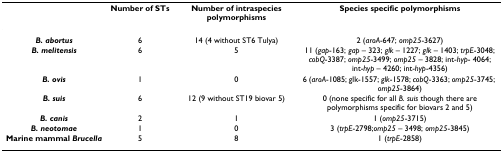
|  | Number of STs | Number of intraspecies polymorphisms | Species specific polymorphisms |
 | --- | --- | --- | --- |
 | B. abortus | 6 | 14 (4 without ST6 Tulya) | 2 (aroA-647; omp25-3627) |
 | B. melitensis | 6 | 5 | 11 (gap-163; gap – 323; glk – 1227; glk – 1403; trpE-3048; cobQ-3387; omp25-3499; omp25 – 3828; int-hyp- 4064; int-hyp – 4260; int-hyp-4356) |
 | B. ovis | 1 | 0 | 6 (aroA-1085; glk-1557; glk-1578; cobQ-3363; omp25-3745; omp25-3864) |
 | B. suis | 6 | 12 (9 without ST19 biovar 5) | 0 (none specific for all B. suis though there are polymorphisms specific for biovars 2 and 5) |
 | B. canis | 2 | 1 | 1 (omp25-3715) |
 | B. neotomae | 1 | 0 | 3 (trpE-2798;omp25 – 3498; omp25-3845) |
 | Marine mammal Brucella | 5 | 8 | 1 (trpE-2858) |